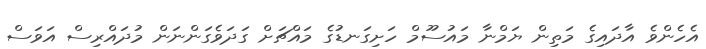
އެހެންވެ އާދައިގެ މަތިން ޔަމްނާ މައުސޫމް ހަށިގަނޑުގެ މައްޗަށް ގަދަވެގަންނަން މުދައްރިސް އަވަސް